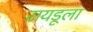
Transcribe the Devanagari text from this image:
रायडूला